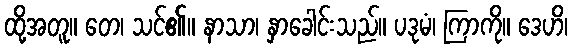
ထို့အတူ။ တေ၊ သင်၏။ နာသာ၊ နှာခေါင်းသည်။ ပဒုမံ၊ ကြာကို။ ဒေဟိ၊